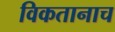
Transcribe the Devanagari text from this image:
विकतानाच